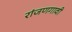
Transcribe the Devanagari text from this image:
रांजणगावी